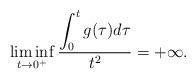
LaTeX: \begin{align*}\liminf_{t\to 0^+}\frac{\displaystyle\int_0^t g(\tau)d\tau}{t^2} = +\infty.\end{align*}